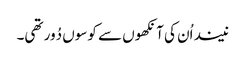
نیند اُن کی آنکھوں سے کوسوں دُور تھی۔